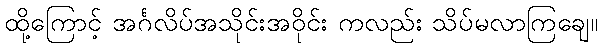
ထို့ကြောင့် အင်္ဂလိပ်အသိုင်းအဝိုင်း ကလည်း သိပ်မလာကြချေ။